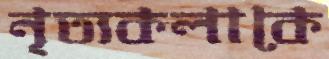
নৃত্যকলাকে